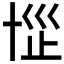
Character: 𰅷